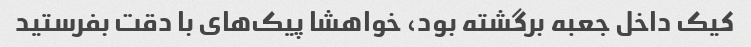
کیک داخل جعبه برگشته بود، خواهشا پیک‌های با دقت بفرستید